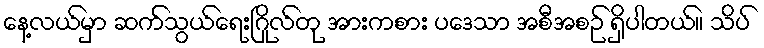
နေ့လယ်မှာ ဆက်သွယ်ရေးဂြိုလ်တု အားကစား ပဒေသာ အစီအစဉ် ရှိပါတယ်။ သိပ်